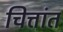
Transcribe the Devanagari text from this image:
चित्तांत